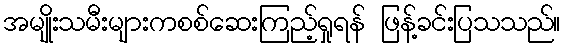
အမျိုးသမီးများကစစ်ဆေးကြည့်ရှုရန် ဖြန့်ခင်းပြသသည်။